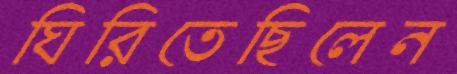
ঘিরিতেছিলেন